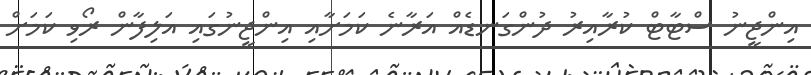
އިންޖީނު ސްޓާޓް ކުރާއިރު ދުންގަނޑެއް އަރާނެ ކަމަށާއި އިންޖީނުގައި އަލިފާން ރޯވި ކަމަށް